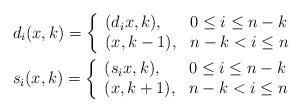
LaTeX: \begin{align*} & d_i(x,k)= \left\{\begin{array}{ll}(d_ix,k), & 0\leq i\leq n-k\\(x,k-1), & n-k<i \leq n\end{array} \right.\\& s_i(x,k)= \left\{\begin{array}{ll}(s_ix,k), & 0\leq i\leq n-k\\(x,k+1), & n-k<i \leq n\end{array} \right.\end{align*}